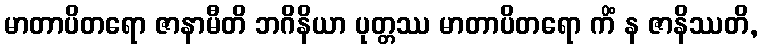
မာတာပိတရော ဇာနာမီတိ ဘဂိနိယာ ပုတ္တဿ မာတာပိတရော ကိံ န ဇာနိဿတိ,